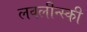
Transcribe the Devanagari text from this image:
लवलीन्स्की